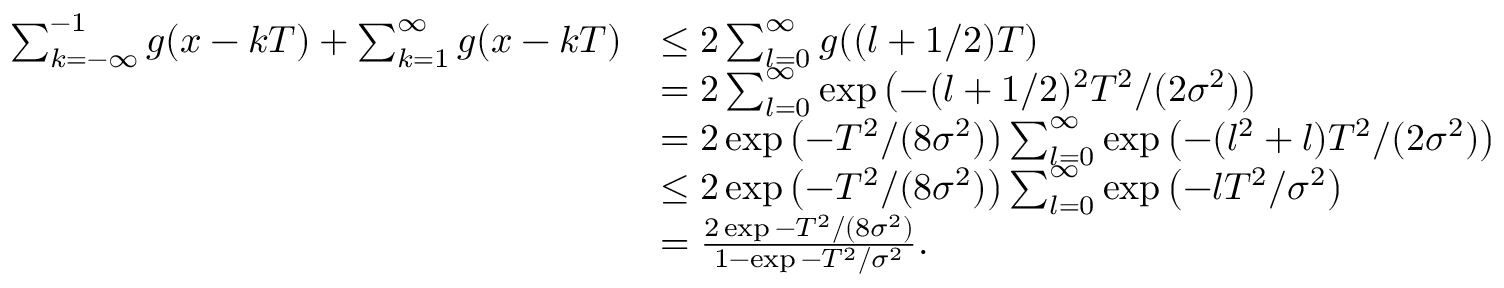
\begin{array} { r l } { \sum _ { k = - \infty } ^ { - 1 } g ( x - k T ) + \sum _ { k = 1 } ^ { \infty } g ( x - k T ) } & { \le 2 \sum _ { l = 0 } ^ { \infty } g ( ( l + 1 / 2 ) T ) } \\ & { = 2 \sum _ { l = 0 } ^ { \infty } \exp \left( - ( l + 1 / 2 ) ^ { 2 } T ^ { 2 } / ( 2 \sigma ^ { 2 } ) \right) } \\ & { = 2 \exp \left( - T ^ { 2 } / ( 8 \sigma ^ { 2 } ) \right) \sum _ { l = 0 } ^ { \infty } \exp \left( - ( l ^ { 2 } + l ) T ^ { 2 } / ( 2 \sigma ^ { 2 } ) \right) } \\ & { \le 2 \exp \left( - T ^ { 2 } / ( 8 \sigma ^ { 2 } ) \right) \sum _ { l = 0 } ^ { \infty } \exp \left( - l T ^ { 2 } / \sigma ^ { 2 } \right) } \\ & { = \frac { 2 \exp { - T ^ { 2 } / ( 8 \sigma ^ { 2 } ) } } { 1 - \exp { - T ^ { 2 } / \sigma ^ { 2 } } } . } \end{array}